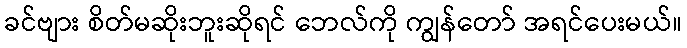
ခင်ဗျား စိတ်မဆိုးဘူးဆိုရင် ဘေလ်ကို ကျွန်တော် အရင်ပေးမယ်။